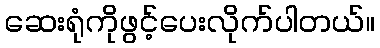
ဆေးရုံကိုဖွင့်ပေးလိုက်ပါတယ်။